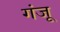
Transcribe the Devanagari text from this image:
गंजू